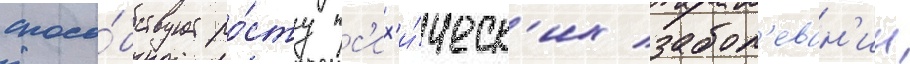
спосо́бствует ро́сту пс'их'и́ческ'их забол'еван'ии